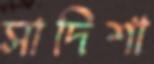
সাদিশা